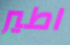
اطير